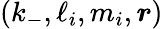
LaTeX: {(k_{-},\ell_{i},m_{i},\boldsymbol{r})}